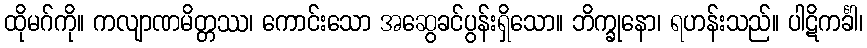
ထိုမဂ်ကို။ ကလျာဏမိတ္တဿ၊ ကောင်းသော အဆွေခင်ပွန်းရှိသော။ ဘိက္ခုနော၊ ရဟန်းသည်။ ပါဋိကင်္ခါ၊